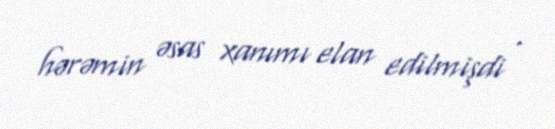
hərəmin əsas xanımı elan edilmişdi .